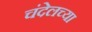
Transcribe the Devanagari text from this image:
चंदेलच्या